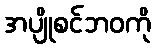
အပျိုစင်ဘဝကို